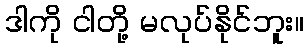
ဒါကို ငါတို့ မလုပ်နိုင်ဘူး။